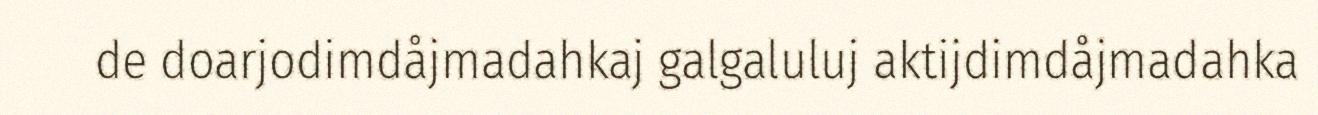
de doarjodimdåjmadahkaj galgaluluj aktijdimdåjmadahka